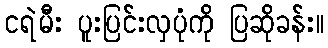
ငရဲမီး ပူးပြင်းလှပုံကို ပြဆိုခန်း။